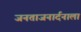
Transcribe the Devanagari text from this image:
जनताजनार्दनाला